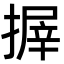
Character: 搱